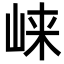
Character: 崃